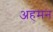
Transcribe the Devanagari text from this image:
अहमन